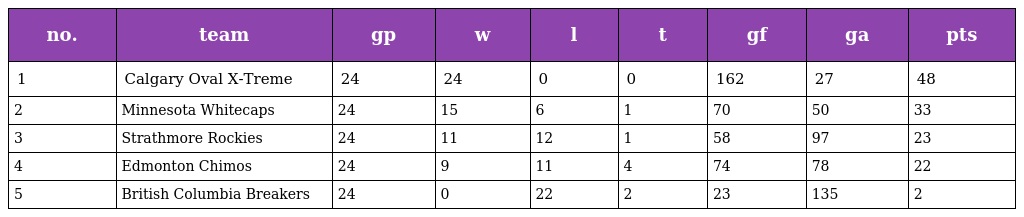
| no. | team | gp | w | l | t | gf | ga | pts |
 | --- | --- | --- | --- | --- | --- | --- | --- | --- |
 | 1 | Calgary Oval X-Treme | 24 | 24 | 0 | 0 | 162 | 27 | 48 |
 | 2 | Minnesota Whitecaps | 24 | 15 | 6 | 1 | 70 | 50 | 33 |
 | 3 | Strathmore Rockies | 24 | 11 | 12 | 1 | 58 | 97 | 23 |
 | 4 | Edmonton Chimos | 24 | 9 | 11 | 4 | 74 | 78 | 22 |
 | 5 | British Columbia Breakers | 24 | 0 | 22 | 2 | 23 | 135 | 2 |